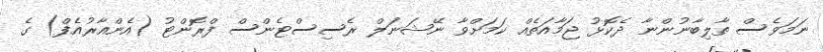
ނަމަވެސް ތާލިބާނުންނާ ދެކޮޅު ޖަމާއަތެއް ކަމަށްވާ ނޭޝަނަލް ރެސިސްޓެންސް ފްރޮންޓު (އެންއާރުއެފް) ގެ